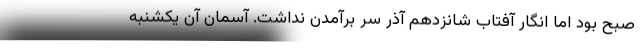
صبح بود اما انگار آفتاب شانزدهم آذر سر برآمدن نداشت. آسمان آن یکشنبه